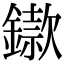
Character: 䥗